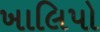
ખાલિપો